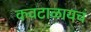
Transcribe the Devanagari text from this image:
कवटाळायचं